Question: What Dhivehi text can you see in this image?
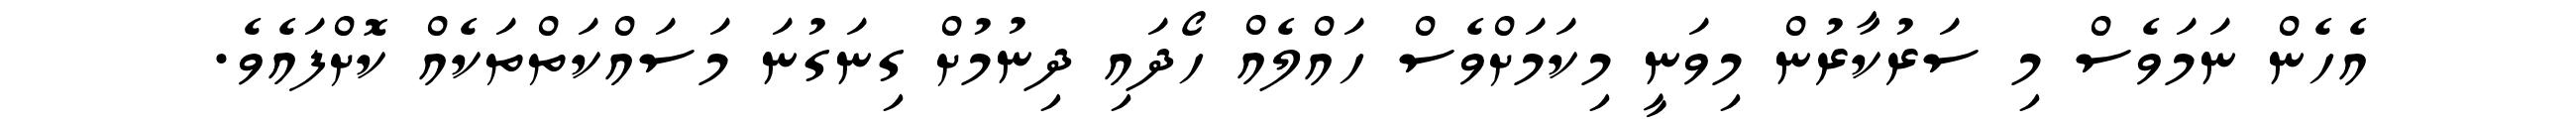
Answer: އެހެން ނަމަވެސް މި ސަރުކާރުން މިވަނީ މިކަމަށްވެސް ހައްލެއް ހޯދައި ދިނުމުށް ގިނަގުނަ މަސައްކަތްތަކެއް ކޮށްފައެވެ.